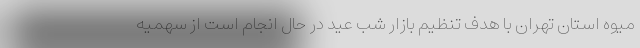
میوه استان تهران با هدف تنظیم بازار شب عید در حال انجام است از سهمیه